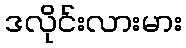
ဒလိုင်းလားမား